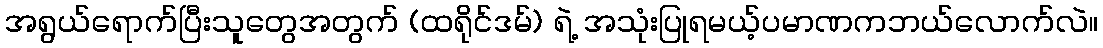
အရွယ်ရောက်ပြီးသူတွေအတွက် (ထရိုင်ဒမ်) ရဲ့ အသုံးပြုရမယ့်ပမာဏကဘယ်လောက်လဲ။